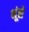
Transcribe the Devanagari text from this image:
भूंसे